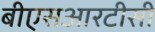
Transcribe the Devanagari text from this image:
बीएसआरटीसी